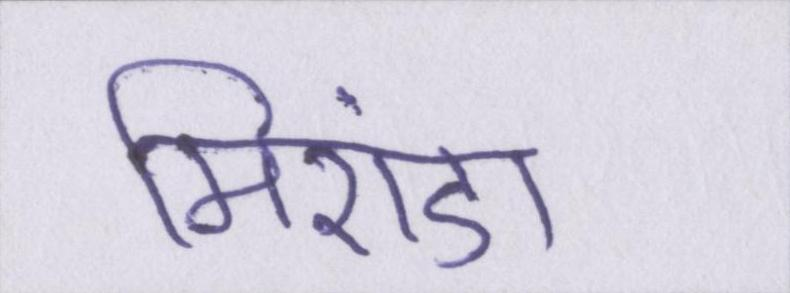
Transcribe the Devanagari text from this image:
मिरांडा